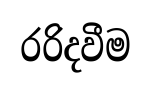
රරිදවීම